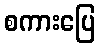
စကားပြေ